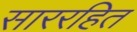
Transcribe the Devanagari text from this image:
साररहित